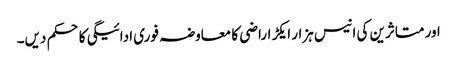
اور متاثرین کی انیس ہزار ایکڑ اراضی کا معاوضہ فوری ادائیگی کاحکم دیں۔